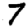
Digit: 7